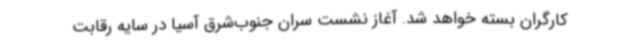
کارگران بسته خواهد شد. آغاز نشست سران جنوب‌شرق آسیا در سایه رقابت